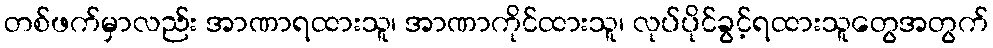
တစ်ဖက်မှာလည်း အာဏာရထားသူ၊ အာဏာကိုင်ထားသူ၊ လုပ်ပိုင်ခွင့်ရထားသူတွေအတွက်